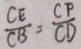
\frac { C E } { C B } = \frac { C P } { C D }